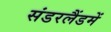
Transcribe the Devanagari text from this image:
संडरलैंडमें